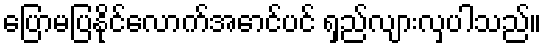
ပြောမပြနိုင်လောက်အောင်ပင် ရှည်လျားလှပါသည်။